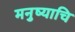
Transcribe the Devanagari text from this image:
मनुष्याचि